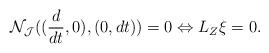
\begin{align*}\mathcal{N}_{\mathcal{J}}((\frac{d}{d t},0), (0,dt))=0 \Leftrightarrow L_Z\mathcal{\xi}=0.\end{align*}